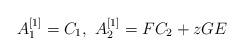
LaTeX: \begin{align*}{A}^{[1]}_{1} = C_{1},\ {A}^{[1]}_{2} = F C_{2} + z G E\end{align*}